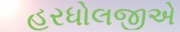
હરધોલજીએ